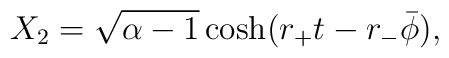
X_2 = \sqrt{\alpha-1} \cosh( r_+ t - r_- \bar \phi),